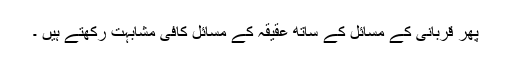
پھر قربانی کے مسائل کے ساتھ عقیقہ کے مسائل کافی مشابہت رکھتے ہیں ۔